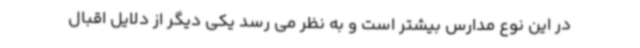
در این نوع مدارس بیشتر است و به نظر می رسد یکی دیگر از دلایل اقبال